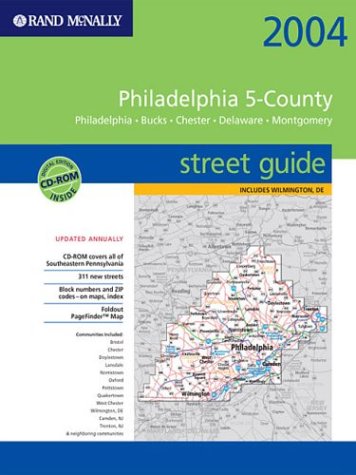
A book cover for Rand McNally 2004 Philadelphia 5-County Street Guide: Philadelphia, Bucks, Chester, Delaware, Montgomery : Spiral Binding (Rand McNally Street Guides); Rand McNally and Company; Travel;